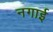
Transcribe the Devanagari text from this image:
नगाई